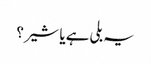
یہ بلی ہے یا شیر؟